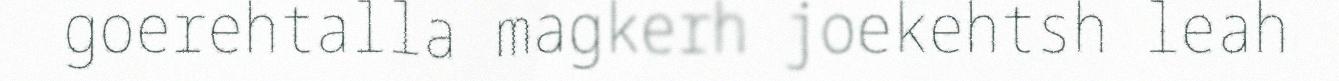
goerehtalla magkerh joekehtsh leah